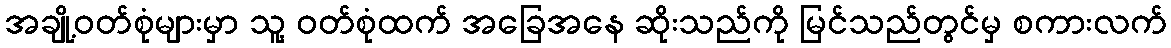
အချို့ဝတ်စုံများမှာ သူ့ ဝတ်စုံထက် အခြေအနေ ဆိုးသည်ကို မြင်သည်တွင်မှ စကားလက်